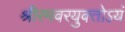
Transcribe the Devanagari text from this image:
श्रीरमवरयुक्‍तोऽयं